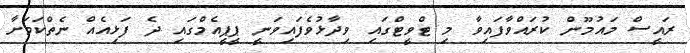
ރައީސް މައުމޫން ކުރައްވާފައިވާ މި ޓްވީޓްގައި ވިދާޅުވެފައިވަނީ ޕީޕީއެމްގައި ދެ ފަޅިއެއް ނެތްކަމަށާ